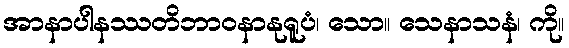
အာနာပါနဿတိဘာဝနာနုရူပံ၊ သော။ သေနာသနံ၊ ကို။